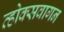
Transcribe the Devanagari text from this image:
व्होक्सवागन